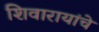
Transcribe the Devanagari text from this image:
शिवारायांचे